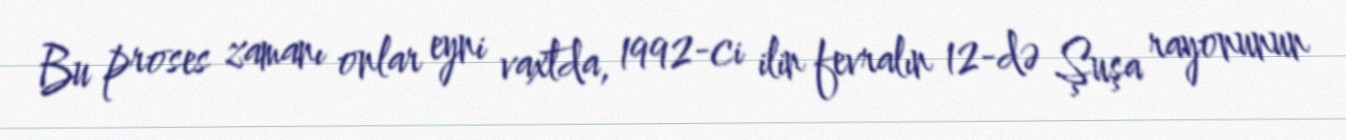
Bu proses zamanı onlar eyni vaxtda, 1992-ci ilin fevralın 12-də Şuşa rayonunun